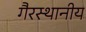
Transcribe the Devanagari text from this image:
गैरस्थानीय